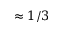
\approx 1 / 3